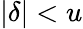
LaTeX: |\delta|<u